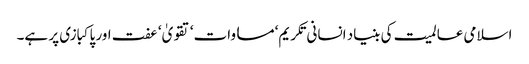
اسلامی عالمیت کی بنیاد انسانی تکریم‘ مساوات‘ تقویٰ‘ عفت اور پاکبازی پر ہے۔